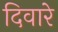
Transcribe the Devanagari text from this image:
दिवारे